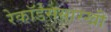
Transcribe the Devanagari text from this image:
रेकॉर्डससारखी